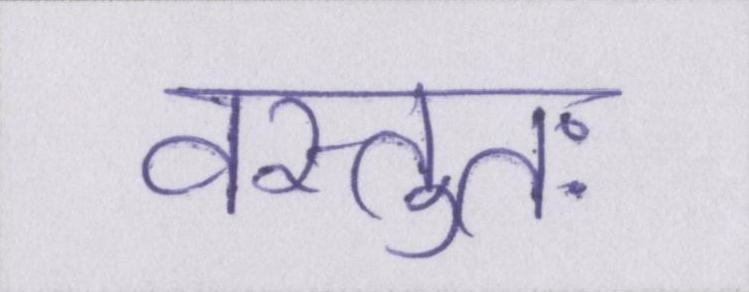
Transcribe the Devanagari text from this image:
वस्तुतः